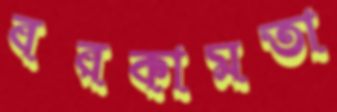
বরকামতা